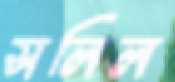
সলিল